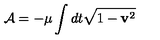
{ \cal A } = - \mu \int d t \sqrt { 1 - { \bf v } ^ { 2 } }